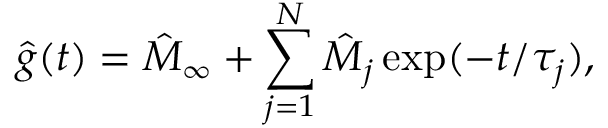
\hat { g } ( t ) = \hat { M } _ { \infty } + \sum _ { j = 1 } ^ { N } \hat { M } _ { j } \exp ( - t / \tau _ { j } ) ,